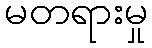
မတရားမှု